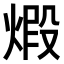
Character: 𤊳